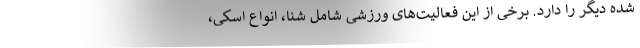
شده دیگر را دارد. برخی از این فعالیت‌های ورزشی شامل شنا، انواع اسکی،